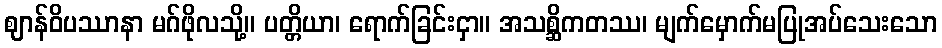
ဈာန်ဝိပဿာနာ မဂ်ဖိုလသို့။ ပတ္တိယာ၊ ရောက်ခြင်းငှာ။ အသစ္ဆိကတဿ၊ မျက်မှောက်မပြုအပ်သေးသော